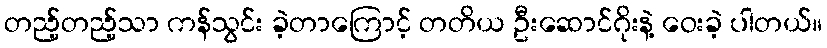
တည့်တည့်သာ ကန်သွင်း ခဲ့တာကြောင့် တတိယ ဦးဆောင်ဂိုးနဲ့ ဝေးခဲ့ ပါတယ်။